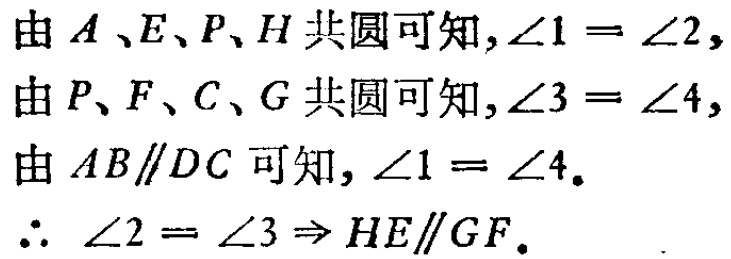
由\(A\)、\(E\)、\(P\)、\(H\)共圆可知，\(\angle1 = \angle2\)，
由\(P\)、\(F\)、\(C\)、\(G\)共圆可知，\(\angle3 = \angle4\)，
由\(AB\parallel DC\)可知，\(\angle1 = \angle4\)。
\(\therefore\) \(\angle2 = \angle3 \Rightarrow HE\parallel GF\)。